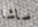
ساشا